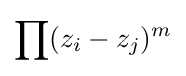
\prod (z_{i}-z_{j})^{m}